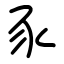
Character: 豕